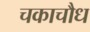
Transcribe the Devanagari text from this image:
चकाचौध